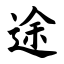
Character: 途